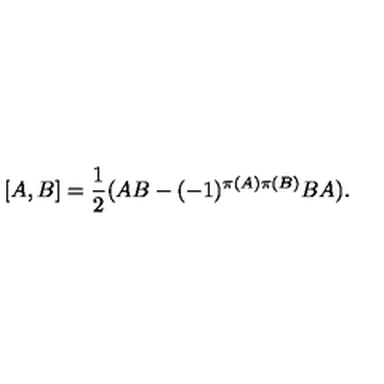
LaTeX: [ A , B ] = \frac { 1 } { 2 } ( A B - ( - 1 ) ^ { \pi ( A ) \pi ( B ) } B A ) .